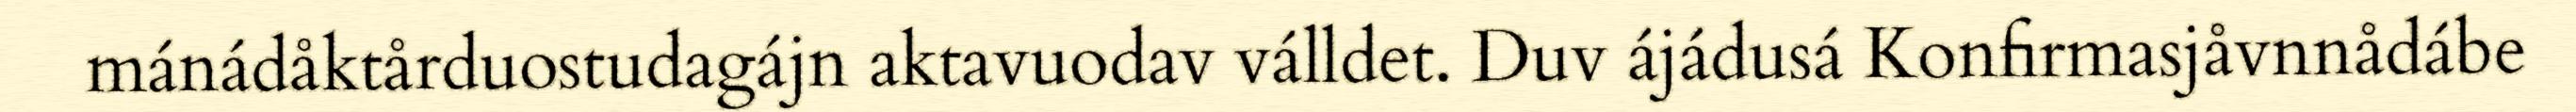
mánádåktårduostudagájn aktavuodav válldet. Duv ájádusá Konfirmasjåvnnådábe